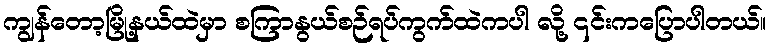
ကျွန်တော့မြို့နယ်ထဲမှာ စကြာနွယ်စဉ်ရပ်ကွက်ထဲကပါ လို့ ၎င်းကပြောပါတယ်။